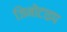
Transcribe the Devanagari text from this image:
जिनोटाइप